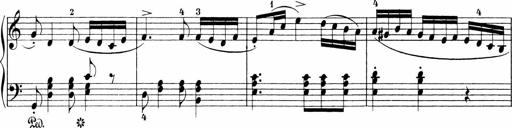
Title: Sonatinen Op.47, 98 und 136, nebst 6 Liedersonatinen
Composer: Carl Reinecke